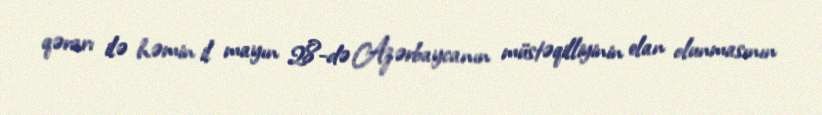
qərarı ilə həmin il mayın 28-də Azərbaycanın müstəqilliyinin elan olunmasının